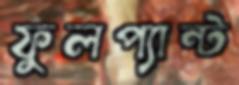
ফুলপ্যান্ট